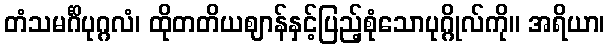
တံသမင်္ဂိပုဂ္ဂလံ၊ ထိုတတိယဈာန်နှင့်ပြည့်စုံသောပုဂ္ဂိုလ်ကို။ အရိယာ၊